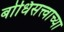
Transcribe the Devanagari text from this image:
बोधिसत्त्वाच्या